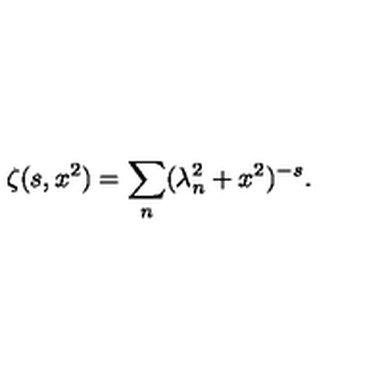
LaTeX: \zeta ( s , x ^ { 2 } ) = \sum _ { n } ( \lambda _ { n } ^ { 2 } + x ^ { 2 } ) ^ { - s } { . }